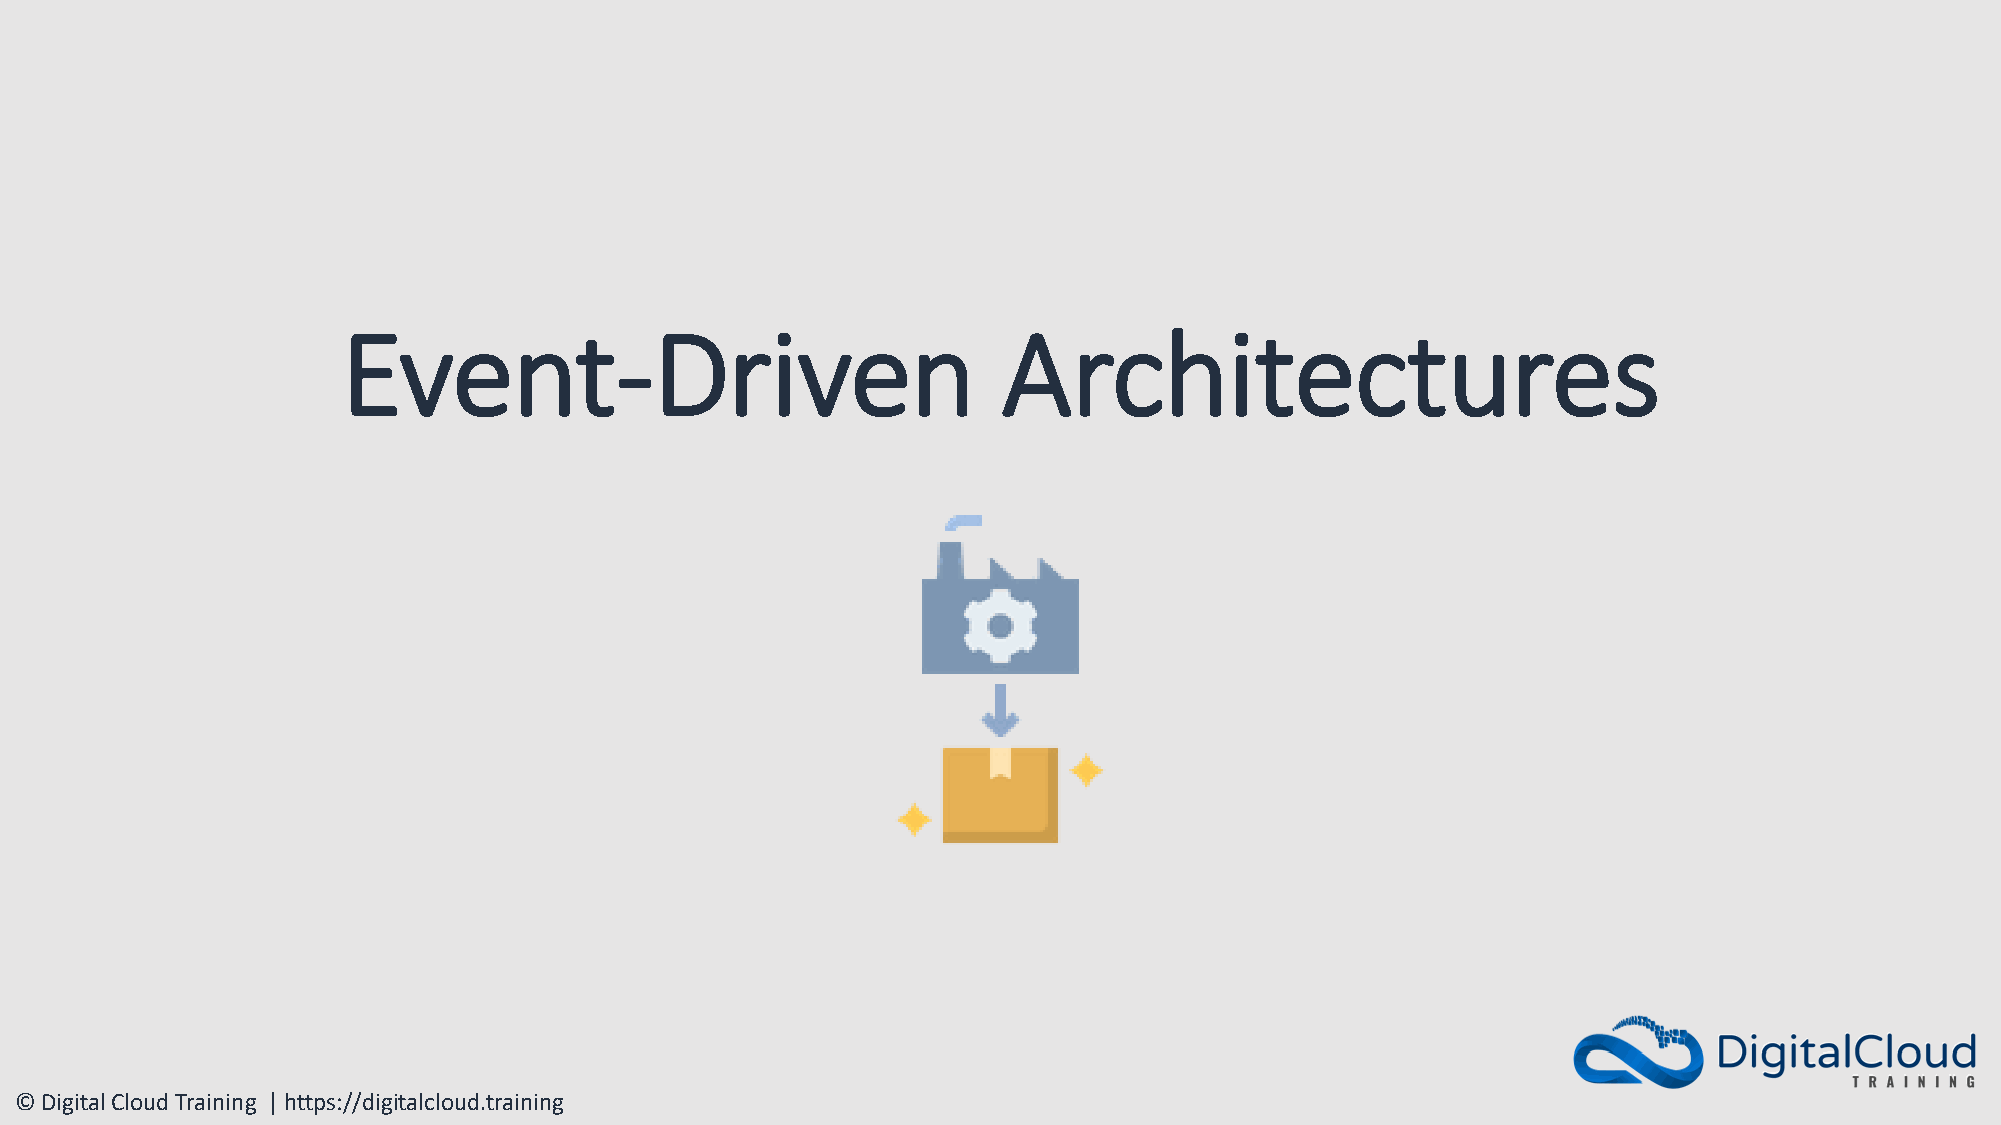
Event-Driven                               Architectures
 © Digital Cloud Training | https://digitalcloud.training